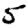
Digit: 5